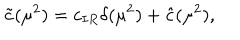
\nonumber \tilde { c } ( \mu ^ { 2 } ) = c _ { I R } \delta ( \mu ^ { 2 } ) + \hat { c } ( \mu ^ { 2 } ) ,